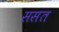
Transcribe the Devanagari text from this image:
ससत